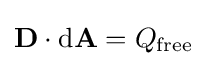
\mathbf {D} \cdot \mathrm {d} \mathbf {A} =Q_{\text{free}}